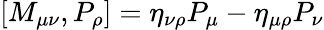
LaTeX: [M_{\mu\nu},P_{\rho}]=\eta_{\nu\rho}P_{\mu}-\eta_{\mu\rho}P_{\nu}